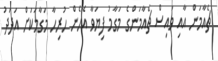
ޗެއާމަން އާއި ވައިސް ޗެއާމަންގެ މަގާމު ފިޔަވާ އެހެން ހުރިހާ މަގާމަކަށް އަދަދު